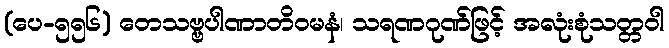
(ပေ-၅၅၆) တေသဗ္ဗပါဏာတိဝမနံ၊ သရဏဂုဏ်ဖြင့် အလုံးစုံသတ္တဝါ